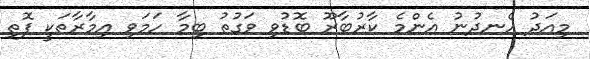
މިއަދު ހެނދުނު އެންމެ ކާރުބާރޫ ބޮޑުވި ވަގުތު ބިމާ ހަމަވި އިމާރާތަކީ ފޮތި